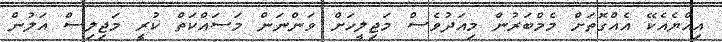
އިއްޔެއެކޭ އެއްގޮތަށް މެމްބަރުން މިއަދުވެސް މަޖިލީހަށް ވަންނަން މަސައްކަތް ކުރީ މަޖިލިސް އަލުން